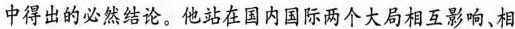
(1)请说明我国为什么要走和平发展道路。